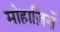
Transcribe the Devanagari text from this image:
मोहाज़िरों